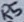
Text: R5